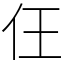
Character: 仼